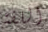
اللفة